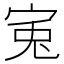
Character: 𡨘